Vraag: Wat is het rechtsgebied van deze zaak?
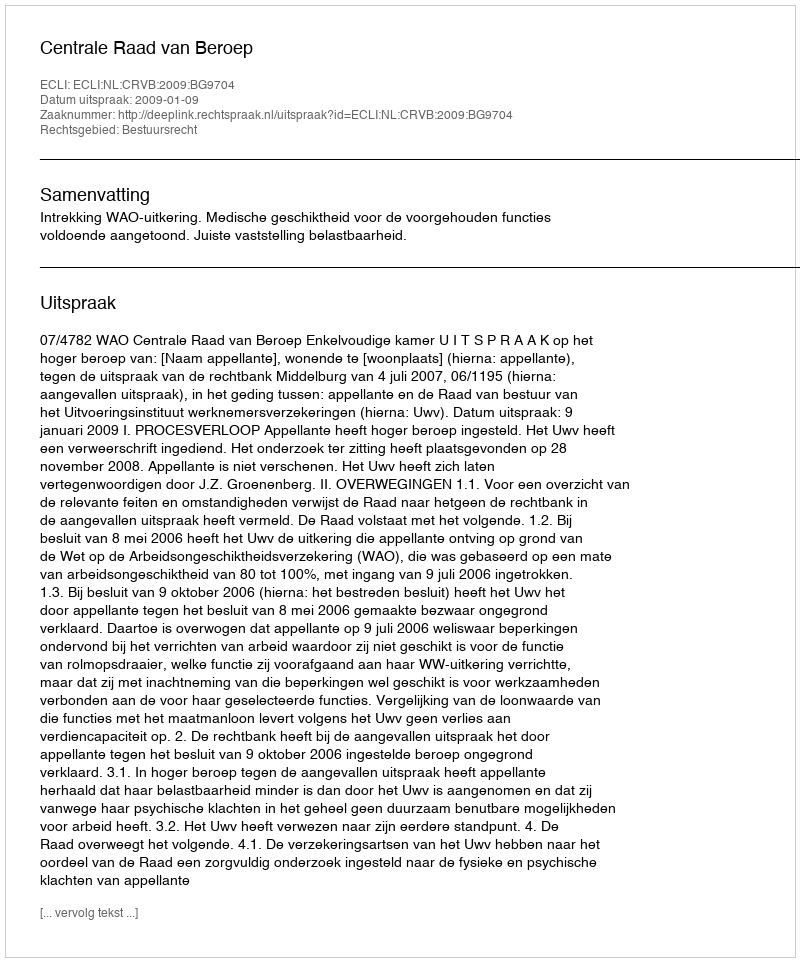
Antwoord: Bestuursrecht